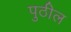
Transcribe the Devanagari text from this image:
पुठील